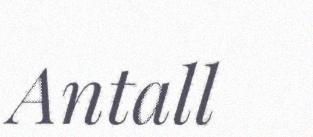
Antall